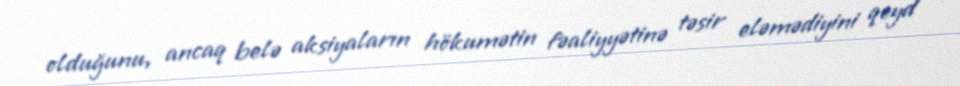
olduğunu, ancaq belə aksiyaların hökumətin fəaliyyətinə təsir eləmədiyini qeyd